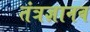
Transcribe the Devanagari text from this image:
तंत्रज्ञानव